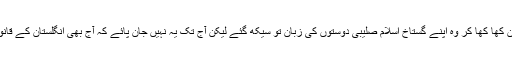
لندن میں سلمان تاثیرکی تقلید میں نان حلال پکوان کھا کھا کر وہ اپنے گستاخ اسلام صلیبی دوستوں کی زبان تو سیکھ گئے لیکن آج تک یہ نہیں جان پائے کہ آج بھی انگلستان کے قانون کے مطابق توہینِ مسیح کی سزا عمر قید ہے۔